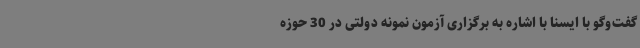
گفت‌وگو با ایسنا با اشاره به برگزاری آزمون نمونه دولتی در 30 حوزه